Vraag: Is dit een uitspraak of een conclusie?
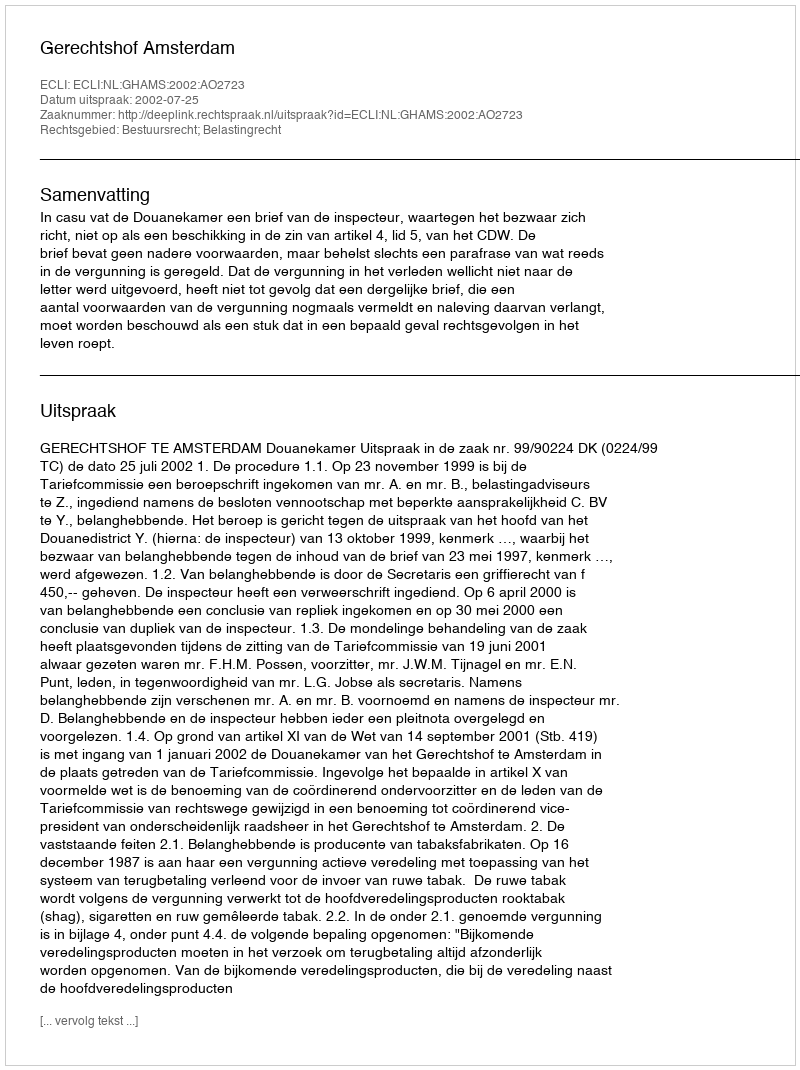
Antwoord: Uitspraak